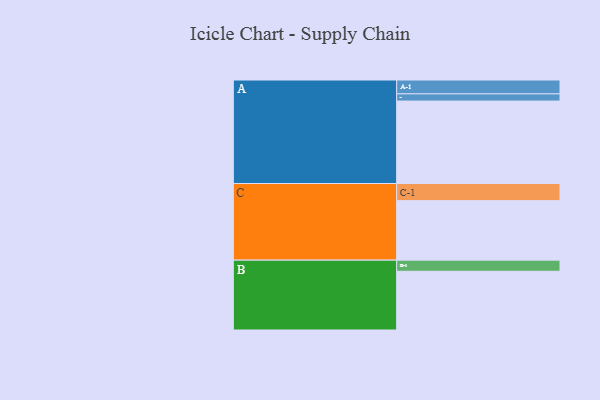
{"axis": {"x": "Segment", "y": "Value"}, "legend": ["", "A", "B", "C"], "data": [{"x": "A", "y": 571, "type": ""}, {"x": "B", "y": 407, "type": ""}, {"x": "C", "y": 412, "type": ""}, {"x": "A-1", "y": 96, "type": "A"}, {"x": "A-2", "y": 50, "type": "A"}, {"x": "B-1", "y": 77, "type": "B"}, {"x": "C-1", "y": 119, "type": "C"}]}